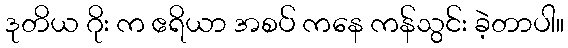
ဒုတိယ ဂိုး က ဧရိယာ အစပ် ကနေ ကန်သွင်း ခဲ့တာပါ။